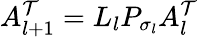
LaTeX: A_{l+1}^{\mathcal{T}}=L_{l}P_{\sigma_{l}}A_{l}^{\mathcal{T}}